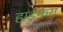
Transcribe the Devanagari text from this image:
हाईफेंग